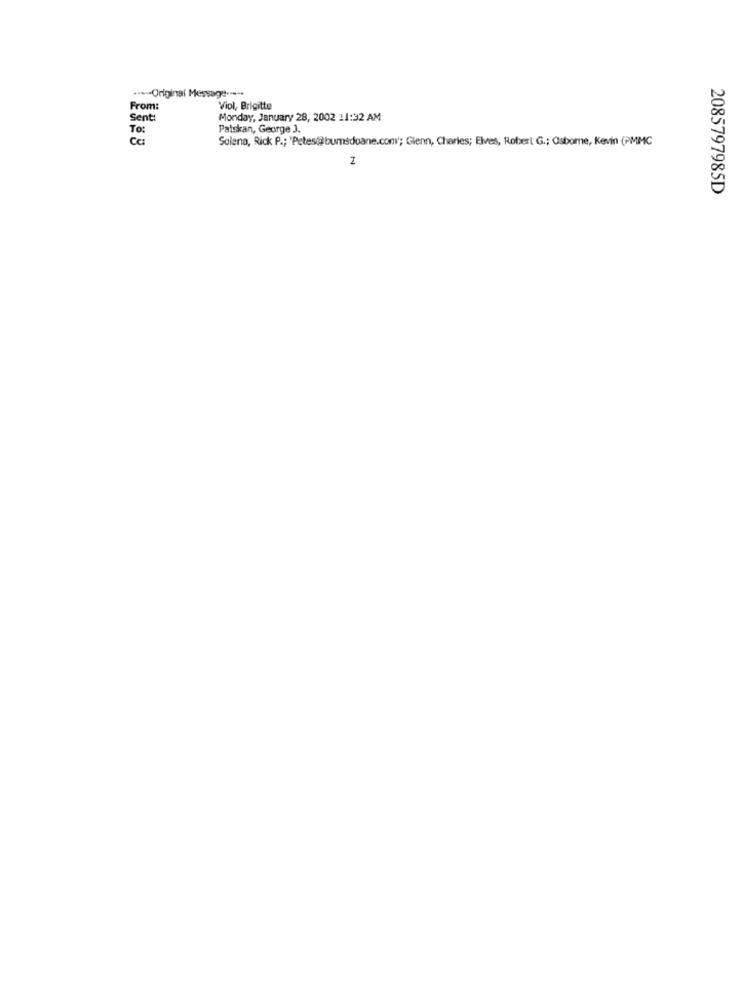
···-- Original Message --...
From:
Viol, Brigitte
Sent:
Monday, January 28, 2002 11:32 AM
To:
Patskan, George J.
Cc:
Solena, Rick P .; 'Petes@bumsdoane.com'; Glenn, Charles; Elves, Robert G .; Osborne, Kevin (PMMC
Z
2085797985D